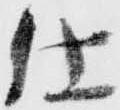
仕